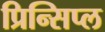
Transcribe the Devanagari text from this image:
प्रिन्सिप्ल